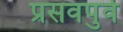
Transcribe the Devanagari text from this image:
प्रसवपुर्व